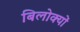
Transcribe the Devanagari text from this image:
बिलोक्यों